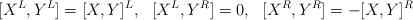
LaTeX: \begin{align*} [X^L,Y^L]=[X,Y]^L,\ \ [X^L,Y^R]=0,\ \ [X^R,Y^R]=-[X,Y]^R\end{align*}